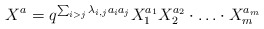
\begin{align*}X^{a}=q^{\sum_{i>j}\lambda_{i,j}a_ia_j}X_1^{a_1}X_2^{a_2}\cdot\ldots\cdot X_m^{a_m}\end{align*}